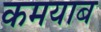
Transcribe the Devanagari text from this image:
कमयाब